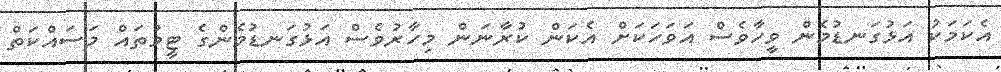
އެކަމަކު އަޅުގަނޑުމެން ވީހާވެސް އަވަހަކަށް އެކަން ކުރާނަން މިހާރުވެސް އަޅުގަނޑުމެންގެ ޓީމުތައް މަސައްކަތް